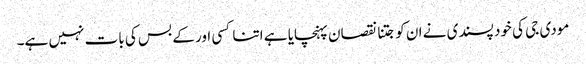
مودی جی کی خود پسندی نے ان کو جتنا نقصان پہنچایا ہے اتنا کسی اور کے بس کی بات نہیں ہے۔